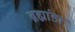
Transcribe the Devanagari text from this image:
ब्रह्मांडा